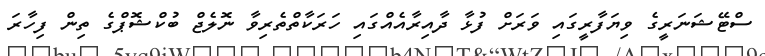
ސްޓޭޝަނަރީގެ ވިޔަފާރީގައި ވަރަށް ފުޅާ ދާއިރާއެއްގައި ހަރަކާތްތެރިވާ ނޮލެޖް ބުކްޝޮޕްގެ ތިން ފިހާރަ